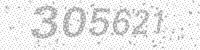
Solution: 305621